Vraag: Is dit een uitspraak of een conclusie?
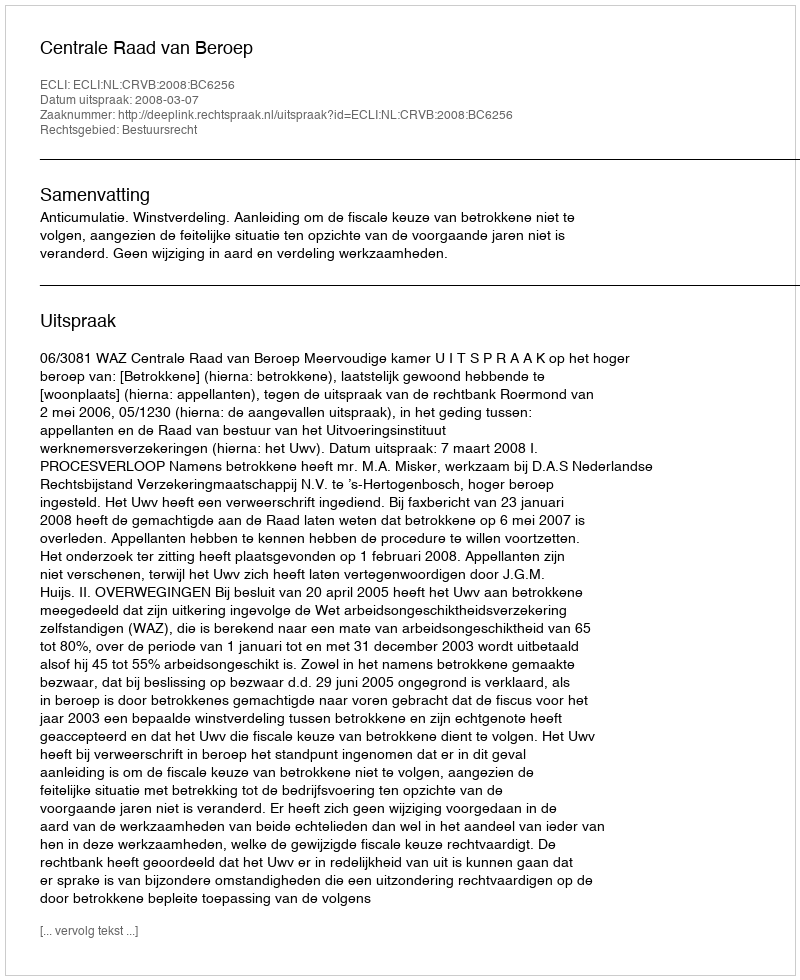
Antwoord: Uitspraak